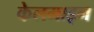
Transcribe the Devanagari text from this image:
केलमाइन